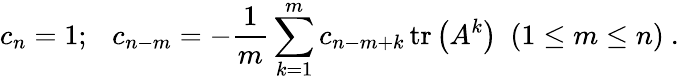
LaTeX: c_{n}=1;~~~c_{n-m}=-{\frac{1}{m}}\sum_{k=1}^{m}c_{n-m+k}\operatorname{tr}\left(A^{k}\right)~~(1\leq m\leq n)~.